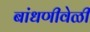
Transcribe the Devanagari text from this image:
बांधणीवेळी